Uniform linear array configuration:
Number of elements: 4
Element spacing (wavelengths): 1
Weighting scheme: exponential
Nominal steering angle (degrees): -15
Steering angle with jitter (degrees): -15.312
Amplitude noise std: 0.05
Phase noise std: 0.05

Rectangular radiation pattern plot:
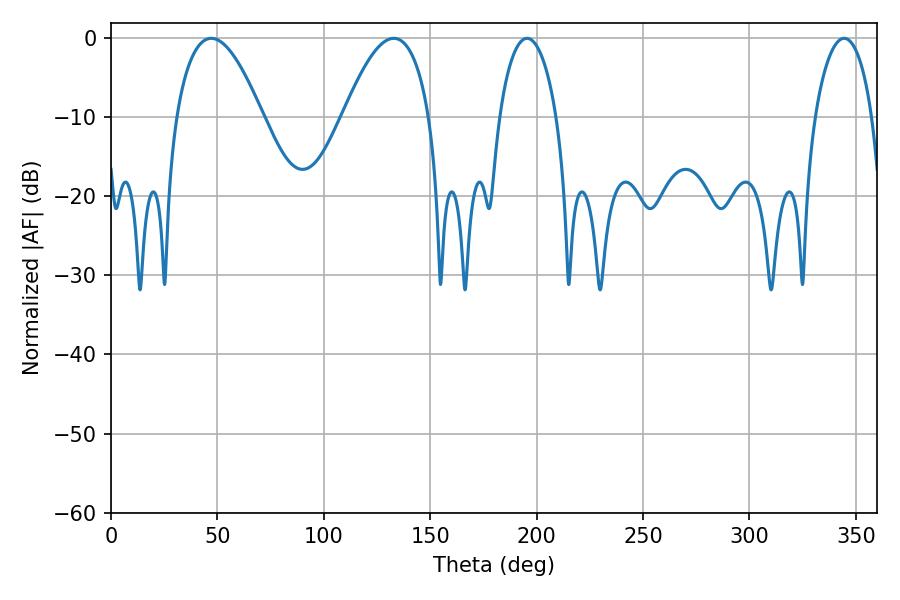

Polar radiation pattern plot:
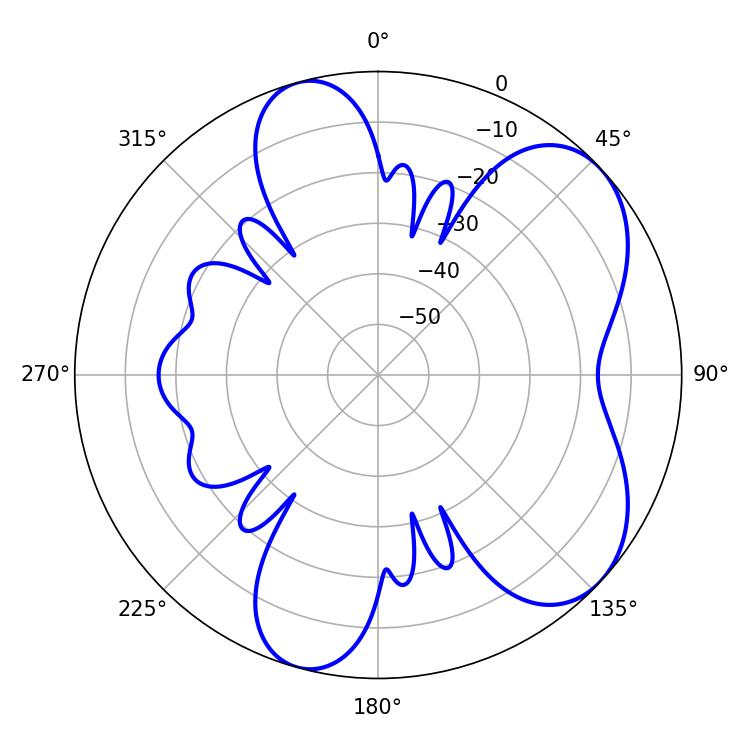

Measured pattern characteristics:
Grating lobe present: TRUE
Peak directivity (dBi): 6.271
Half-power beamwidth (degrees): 15.3
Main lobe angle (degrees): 344.52